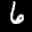
Label: 6